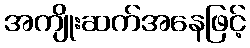
အကျိုးဆက်အနေဖြင့်